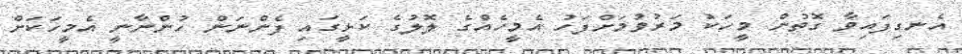
އެނގިފައިވާ ގޮތުން މީހަކު މަރުވުމަށްފަހު އެމީހެއްގެ ލޮލުގެ ކަޅީގައި ފެންނަން ހުންނާނީ އެމީހަކަށް